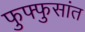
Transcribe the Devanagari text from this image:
फुफ्फुसांत